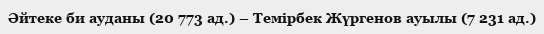
Әйтеке би ауданы (20 773 ад.) – Темірбек Жүргенов ауылы (7 231 ад.)